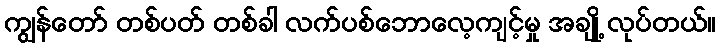
ကျွန်တော် တစ်ပတ် တစ်ခါ လက်ပစ်ဘောလေ့ကျင့်မှု အချို့ လုပ်တယ်။